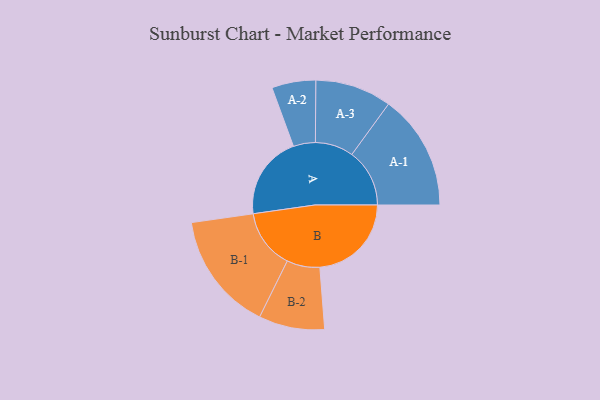
{"axis": {"x": "Segment", "y": "Value"}, "legend": ["", "A", "B"], "data": [{"x": "A", "y": 380, "type": ""}, {"x": "B", "y": 417, "type": ""}, {"x": "A-1", "y": 263, "type": "A"}, {"x": "A-2", "y": 100, "type": "A"}, {"x": "A-3", "y": 174, "type": "A"}, {"x": "B-1", "y": 271, "type": "B"}, {"x": "B-2", "y": 150, "type": "B"}]}